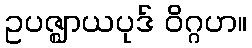
ဥပဇ္ဈာယပုဒ် ဝိဂ္ဂဟ။